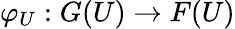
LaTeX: \varphi_{U}:G(U)\to F(U)